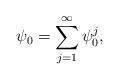
LaTeX: \begin{align*}\psi_0 = \sum_{j=1}^{\infty} \psi^j_0,\end{align*}